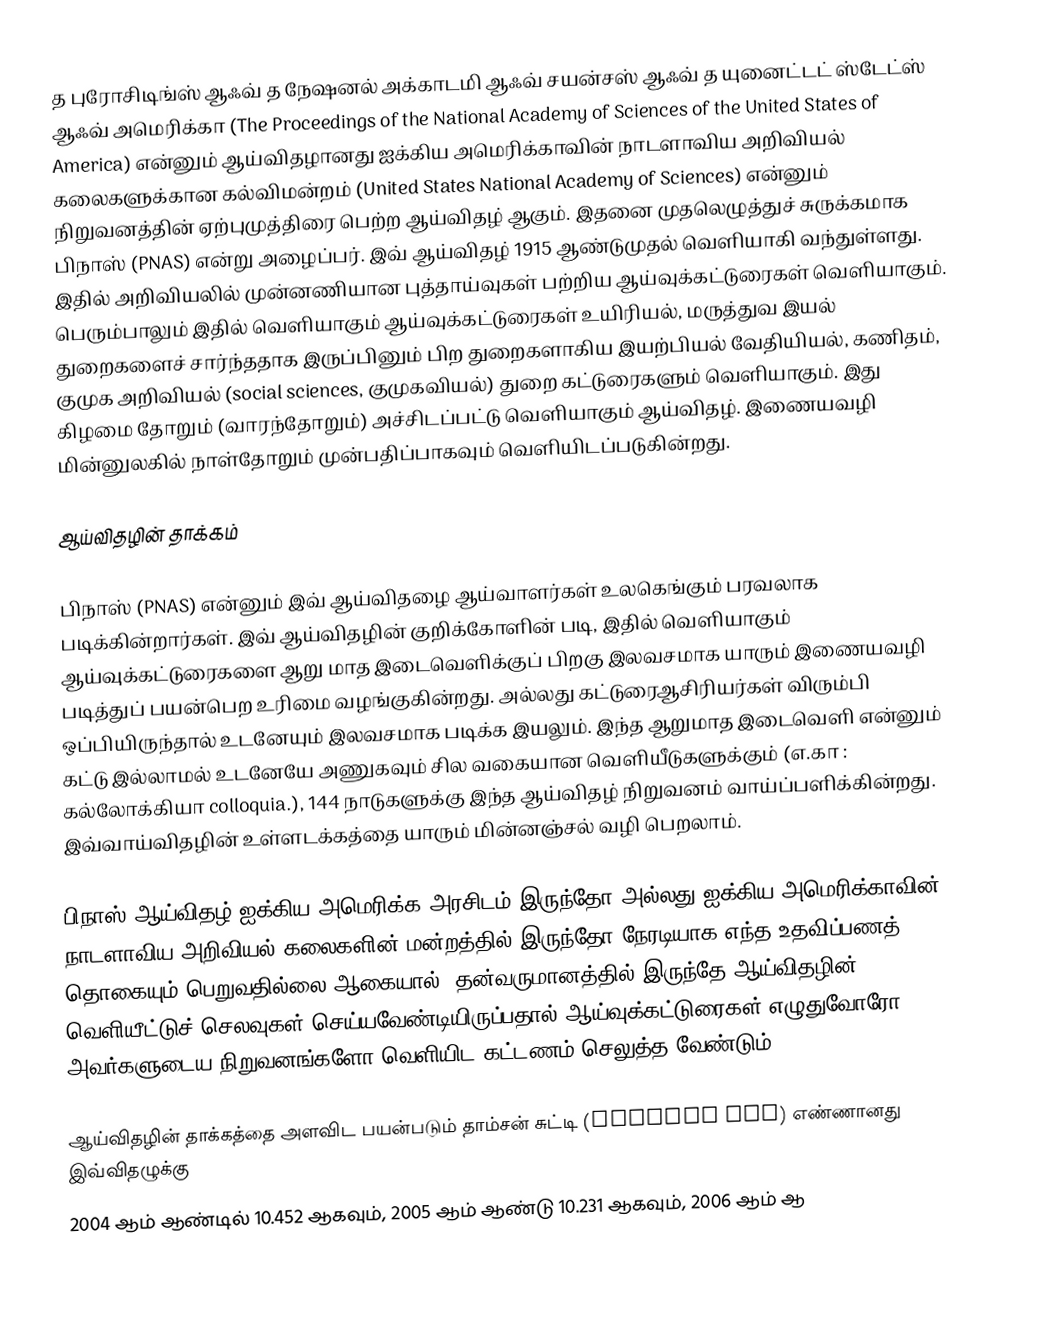
த புரோசிடிங்ஸ் ஆஃவ் த நேஷனல் அக்காடமி ஆஃவ் சயன்சஸ் ஆஃவ் த யுனைட்டட் ஸ்டேட்ஸ் ஆஃவ் அமெரிக்கா (The Proceedings of the National Academy of Sciences of the United States of America) என்னும் ஆய்விதழானது ஐக்கிய அமெரிக்காவின் நாடளாவிய அறிவியல் கலைகளுக்கான கல்விமன்றம் (United States National Academy of Sciences) என்னும் நிறுவனத்தின் ஏற்புமுத்திரை பெற்ற ஆய்விதழ் ஆகும். இதனை முதலெழுத்துச் சுருக்கமாக பிநாஸ் (PNAS) என்று அழைப்பர். இவ் ஆய்விதழ் 1915 ஆண்டுமுதல் வெளியாகி வந்துள்ளது. இதில் அறிவியலில் முன்னணியான புத்தாய்வுகள் பற்றிய ஆய்வுக்கட்டுரைகள் வெளியாகும். பெரும்பாலும் இதில் வெளியாகும் ஆய்வுக்கட்டுரைகள் உயிரியல், மருத்துவ இயல் துறைகளைச் சார்ந்ததாக இருப்பினும் பிற துறைகளாகிய இயற்பியல் வேதியியல், கணிதம், குமுக அறிவியல் (social sciences, குமுகவியல்) துறை கட்டுரைகளும் வெளியாகும். இது கிழமை தோறும் (வாரந்தோறும்) அச்சிடப்பட்டு வெளியாகும் ஆய்விதழ். இணையவழி மின்னுலகில் நாள்தோறும் முன்பதிப்பாகவும் வெளியிடப்படுகின்றது.

ஆய்விதழின் தாக்கம்

பிநாஸ் (PNAS) என்னும் இவ் ஆய்விதழை ஆய்வாளர்கள் உலகெங்கும் பரவலாக படிக்கின்றார்கள். இவ் ஆய்விதழின் குறிக்கோளின் படி, இதில் வெளியாகும் ஆய்வுக்கட்டுரைகளை ஆறு மாத இடைவெளிக்குப் பிறகு இலவசமாக யாரும் இணையவழி படித்துப் பயன்பெற உரிமை வழங்குகின்றது. அல்லது கட்டுரைஆசிரியர்கள் விரும்பி ஒப்பியிருந்தால் உடனேயும் இலவசமாக படிக்க இயலும். இந்த ஆறுமாத இடைவெளி என்னும் கட்டு இல்லாமல் உடனேயே அணுகவும் சில வகையான வெளியீடுகளுக்கும் (எ.கா : கல்லோக்கியா colloquia.), 144 நாடுகளுக்கு இந்த ஆய்விதழ் நிறுவனம் வாய்ப்பளிக்கின்றது. இவ்வாய்விதழின் உள்ளடக்கத்தை யாரும் மின்னஞ்சல் வழி பெறலாம்.

பிநாஸ் ஆய்விதழ் ஐக்கிய அமெரிக்க அரசிடம் இருந்தோ அல்லது ஐக்கிய அமெரிக்காவின் நாடளாவிய அறிவியல் கலைகளின் மன்றத்தில் இருந்தோ நேரடியாக எந்த உதவிப்பணத் தொகையும் பெறுவதில்லை ஆகையால், தன்வருமானத்தில் இருந்தே ஆய்விதழின் வெளியீட்டுச் செலவுகள் செய்யவேண்டியிருப்பதால் ஆய்வுக்கட்டுரைகள் எழுதுவோரோ அவர்களுடைய நிறுவனங்களோ வெளியிட கட்டணம் செலுத்த வேண்டும்.

ஆய்விதழின் தாக்கத்தை அளவிட பயன்படும் தாம்சன் சுட்டி (Thomson ISI) எண்ணானது இவ்விதழுக்கு
2004 ஆம் ஆண்டில் 10.452 ஆகவும், 2005 ஆம் ஆண்டு 10.231 ஆகவும், 2006 ஆம் ஆ